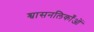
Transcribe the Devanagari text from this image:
श्वासनलिकाँओं